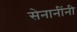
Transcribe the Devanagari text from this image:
सेनानींनी